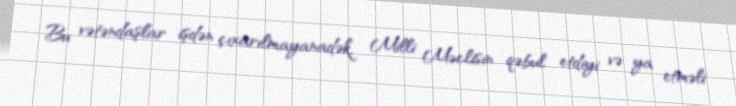
Bu vətəndaşlar işdən çıxarılmayanadək, Milli Məclisin qəbul etdiyi və ya etməli